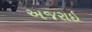
અજરાઇ